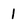
Character: 1